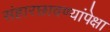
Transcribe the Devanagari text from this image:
संहारछावण्यांपेक्षा